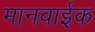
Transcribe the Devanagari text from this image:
मानवाईक